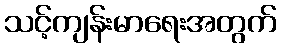
သင့်ကျန်းမာရေးအတွက်